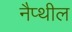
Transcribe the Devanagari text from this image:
नैप्थील